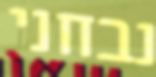
נבחני